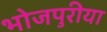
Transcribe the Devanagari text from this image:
भोजपुरीया